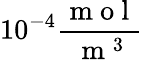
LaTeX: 10^{-4}\frac{\mathrm{~m~o~l~}}{\mathrm{~m~}^{3}}